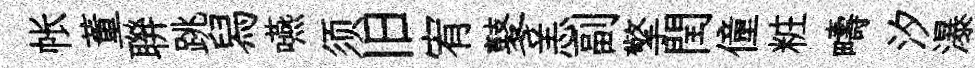
帐董聨跳舄嚥须旧宥鼕恙副擎閏僮粧疇汐瀑